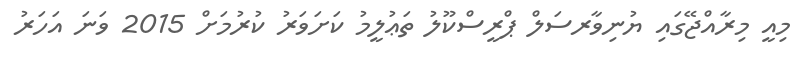
މިއީ މިރާއްޖޭގައި ޔުނިވާރސަލް ޕްރީސްކޫލު ތަޢުލީމު ކަށަވަރު ކުރުމަށް 2015 ވަނަ އަހަރު